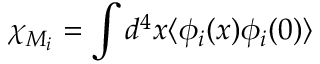
\chi _ { M _ { i } } = \int d ^ { 4 } x \langle \phi _ { i } ( x ) \phi _ { i } ( 0 ) \rangle